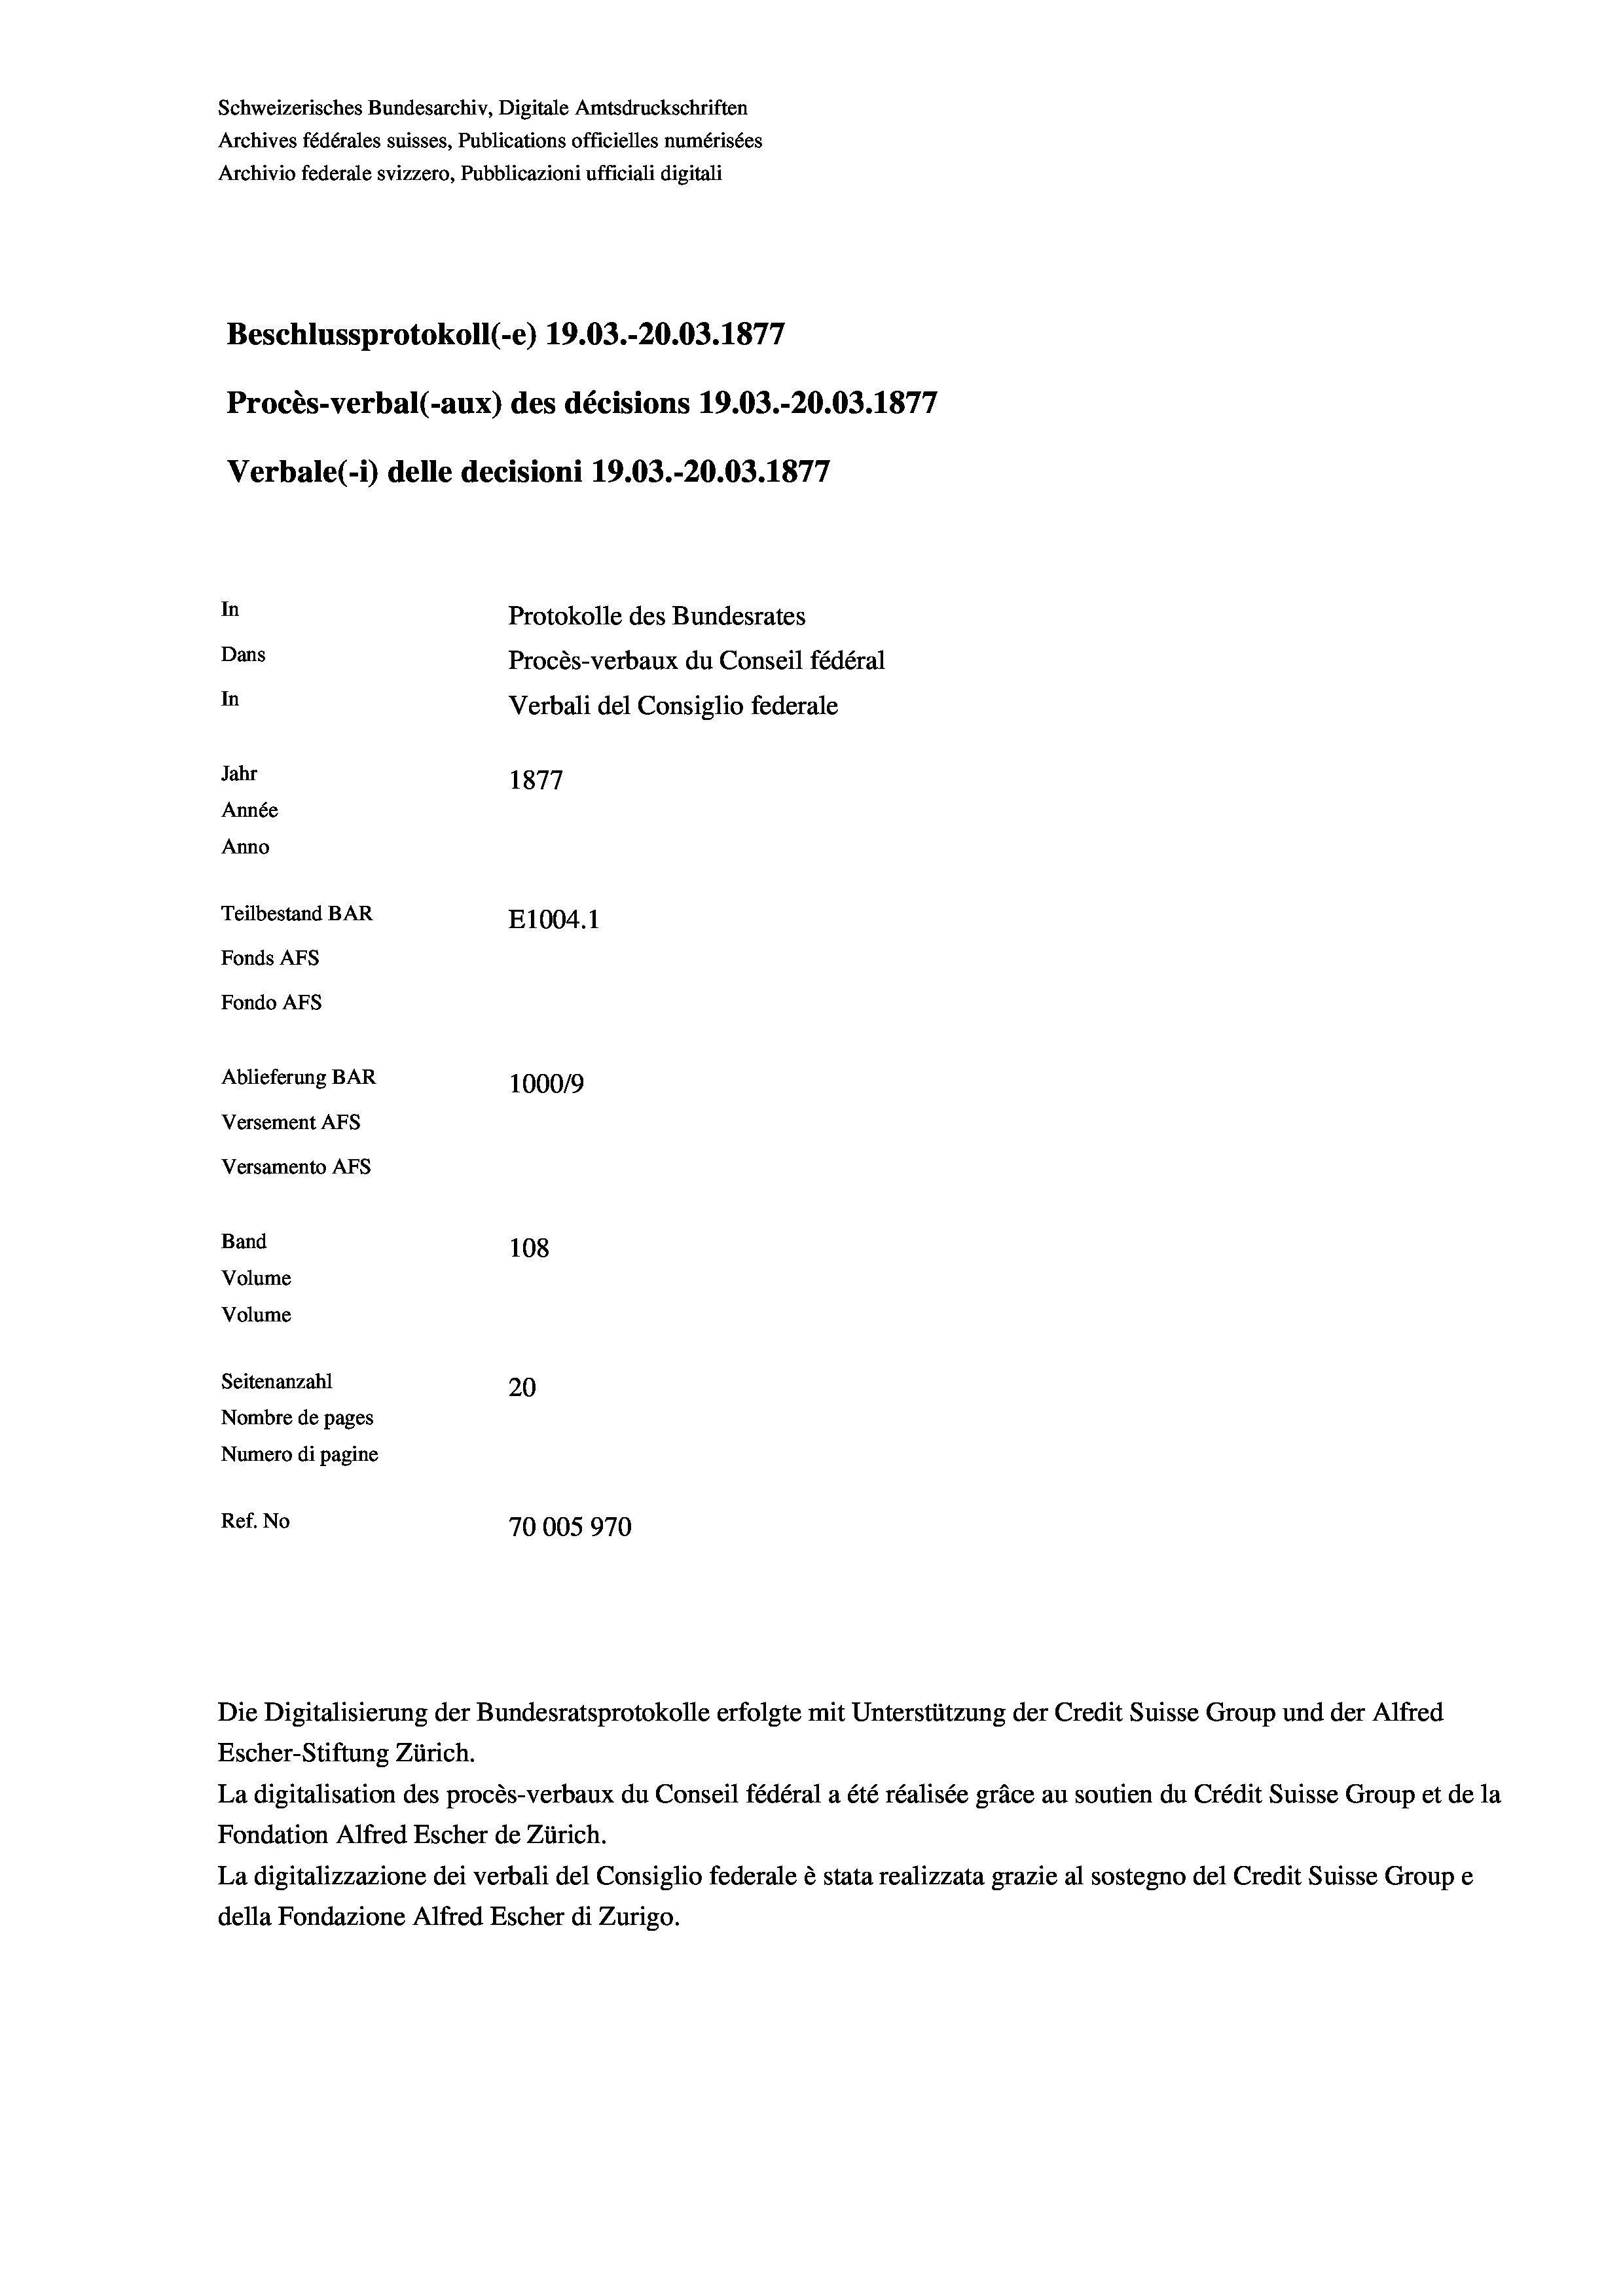
Schweizerisches Bundesarchiv, Digitale Amtsdruckschriften
Archives fédérales suisses, Publications officielles numérisées
Archivio federale svizzero, Pubblicazioni ufficiali digitali
Beschlussprotokoll (-e) 19.03.-20.03. 1877
Procès-verbal (-aux) des décisions 19.03.-20.03. 1877
Verbale (i) delle decisioni 19.03.-20.03. 1877
In
Protokolle des Bundesrates
Dans
Procès-verbaux du Conseil fédéral
In
Verbali del Consiglio federale
Jahr
1877
Année
Anno
Teilbestand BAR
E1004.1
Fonds AFs
Fondo AFS
Ablieferung BAR
100019
Versement AFs
Versamento Afs
Band
108
Volume
Volume
Seitenanzahl
20
Nombre de pages
Numero di pagine
Ref. No
70005970

La digitalisation des procès-verbaux du Conseil fédéral a été réalisée gräce au soutien du Crédit Suisse Group et de la
Fondation Alfred Escher de Zürich.
La digitalizzazione dei verbali del Consiglio federale è stata realizzata grazie al sostegno del Credit Suisse Groupe
della Fondazione Alfred Escher di Zurigo.

Die Digitalisierung der Bundesratsprotokolle erfolgte mit Unterstützung der Credit Suisse Group und der Alfred
Escher-Stiftung Zürich.